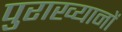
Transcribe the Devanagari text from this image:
पुराख्यानों